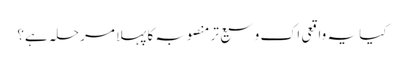
کیا یہ واقعی اک وسیع تر منصوبہ کا پہلا مرحلہ ہے؟